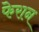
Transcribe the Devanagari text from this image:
फेरान